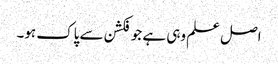
اصل علم وہی ہے جو فکشن سے پاک ہو۔